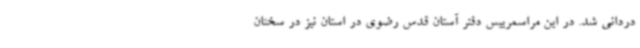
دردانی شد. در این مراسمرییس دفتر آستان قدس رضوی در استان نیز در سخنان